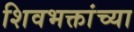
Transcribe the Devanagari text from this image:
शिवभक्तांच्या